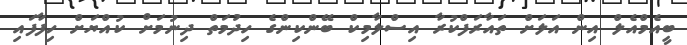
ބީއެމްއެލް އިން އަލަށް ތައާރަފްކުރާ އިސްލާމިކް ބޭންކިންގެ ހިދުމަތް ދިނުމަށް ކުއްޔަށް ހިފާފައި